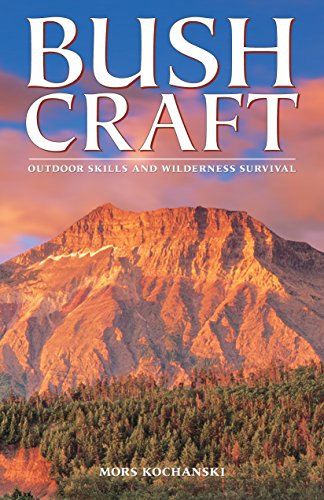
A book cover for Bushcraft: Outdoor Skills and Wilderness Survival; Mors Kochanski; Reference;